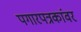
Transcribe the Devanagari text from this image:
पगारपत्रकांवर